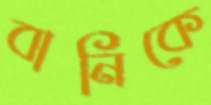
বানিকে